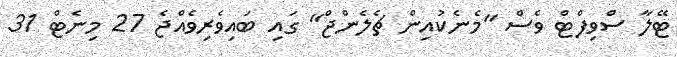
ޓޭލާ ސްވިފްޓް ވެސް "މެނެކުއިން ޗެލެންޖް" ގައި ބައިވެރިވެއްޖެ 27 މިނެޓް 31